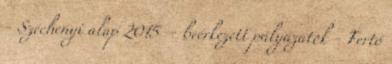
- Széchenyi alap 2015 – beérkezett pályázatok - Fertő